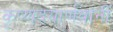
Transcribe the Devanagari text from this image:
कृष्णदयार्णवांनी